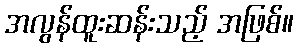
အလွန်ထူးဆန်းသည့် အဖြစ်။